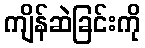
ကျိန်ဆဲခြင်းကို